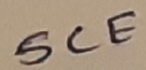
Text: SCE